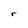
Character: r